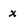
Character: x